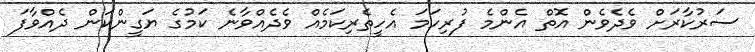
ސަރުކާރަށް ވެދެވެން އޮތް އެންމެ ފުރިހަމަ އެހީތެރިކަމެއް ވެދެއްވާނެ ކަމުގެ ޔަގީންކަން ދެއްވާފަ